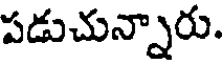
పడుచున్నారు.